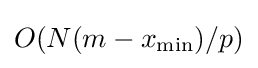
O(N(m-x_{\min })/p)